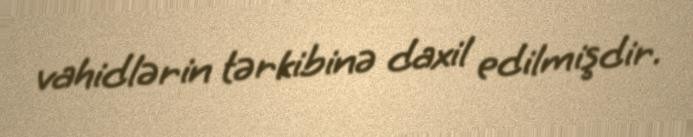
vahidlərin tərkibinə daxil edilmişdir.